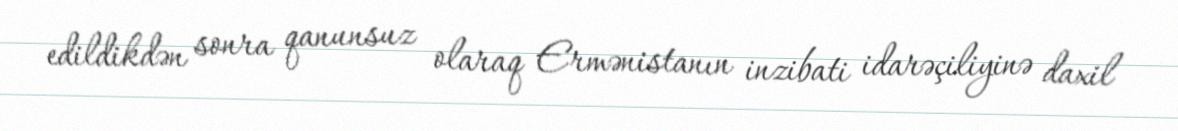
edildikdən sonra qanunsuz olaraq Ermənistanın inzibati idarəçiliyinə daxil